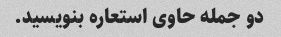
دو جمله حاوی استعاره بنویسید.